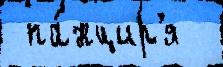
 па́нцир'я